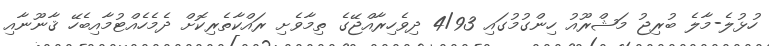
ހުޅުލެ-މާލެ ބުރިޖު މަޝްރޫއު ހިންގުމުގައި 4/93 ދިވެހިރާއްޖޭގެ ތިމާވެށި ރައްކާތެރިކޮށް ދެމެހެއްޓުމާއިބެހޭ ޤާނޫނާއި